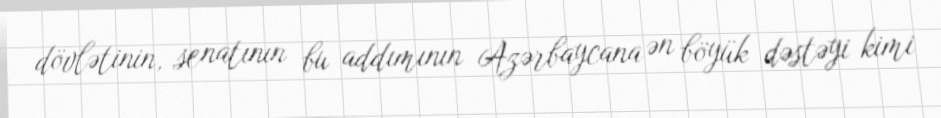
dövlətinin, senatının bu addımının Azərbaycana ən böyük dəstəyi kimi